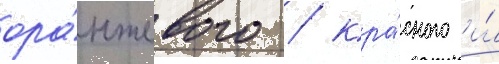
ора́нжевого / кра́сного и́